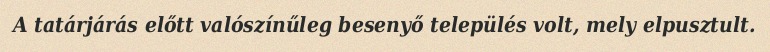
A tatárjárás előtt valószínűleg besenyő település volt, mely elpusztult.